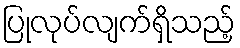
ပြုလုပ်လျက်ရှိသည့်